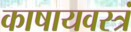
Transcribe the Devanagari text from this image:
काषायवस्त्रं